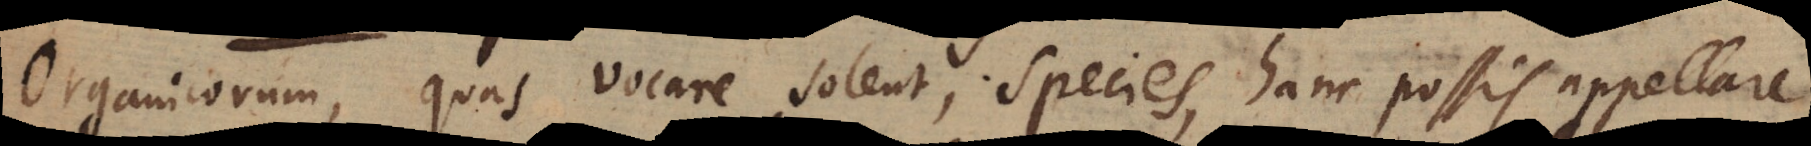
Organicorum, quae vocare solent, species, hanc possis appellare